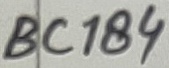
Text: BC184